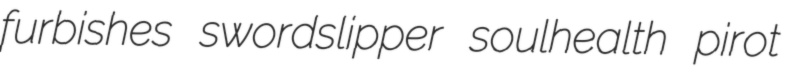
furbishes swordslipper soulhealth pirot